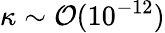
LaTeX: \kappa\sim\mathcal{O}(10^{-12})